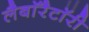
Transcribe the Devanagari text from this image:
लैबाॅरैटाॅरी